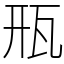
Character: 㼛